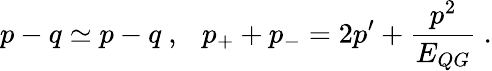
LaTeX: p-q\simeq p-q~,~~~p_{+}+p_{-}=2p^{\prime}+{\frac{p^{2}}{E_{QG}}}~.